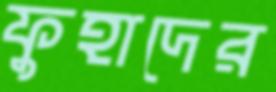
ফুহাদের